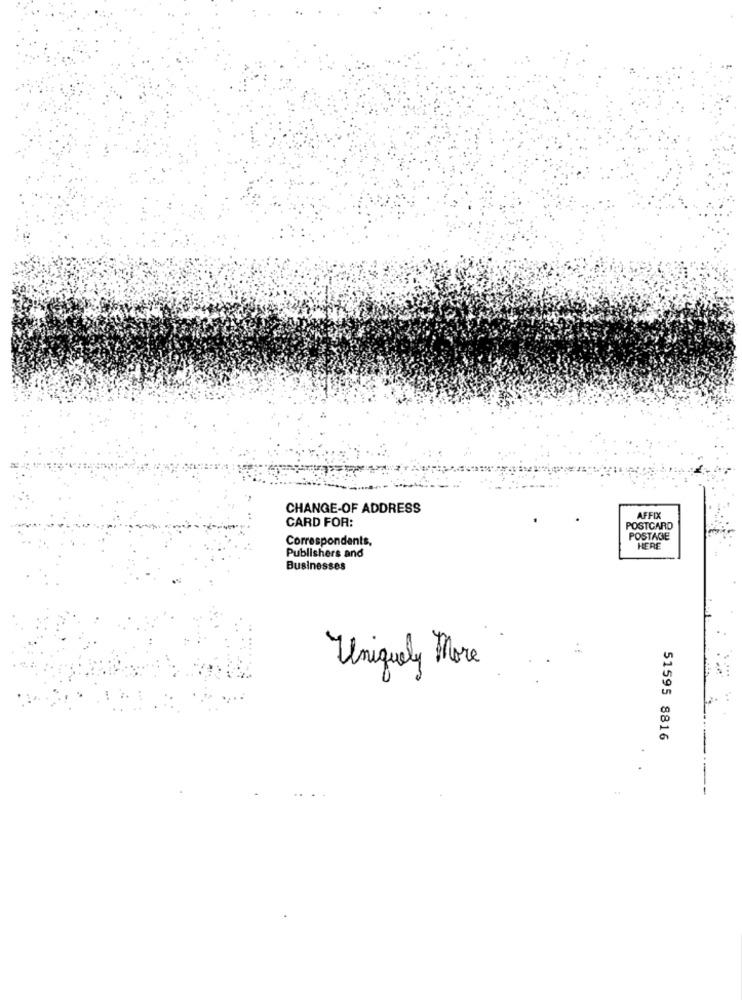
CHANGE-OF ADDRESS
CARD FOR:
AFFIX
POSTCARD
POSTAGE
Correspondants,
HERE
Publishers and
Businesses
Uniquely More
51595 8816
44